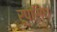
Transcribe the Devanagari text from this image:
रूपसिंघ